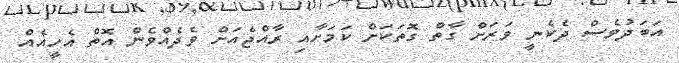
އަބަދުވެސް ދެކެނީ ވަރަށް ގާތް ގޮތަކަށް ކަމަށާއި ރާއްޖެއަށް ވެދެއްވެން އޮތް އެހީއެއް